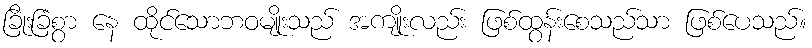
ခြိုးခြံစွာ နေ ထိုင်သောဘဝမျိုးသည် အကျိုးလည်း ဖြစ်ထွန်းစေသည်သာ ဖြစ်ပေသည်။